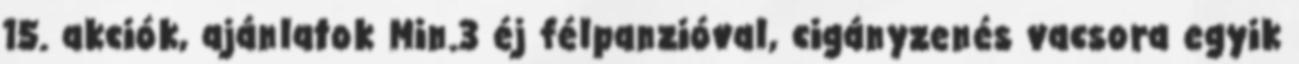
15. akciók, ajánlatok Min.3 éj félpanzióval, cigányzenés vacsora egyik